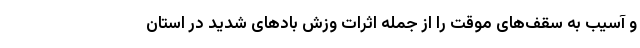
و آسیب به سقف‌های موقت را از جمله اثرات وزش بادهای شدید در استان